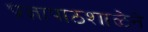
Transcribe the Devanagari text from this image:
प्रज्ञापाठशाळेने